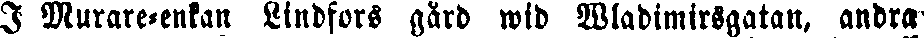
I Murare-enkan Lindfors gård wid Wladimirsgatan, andra-